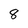
Character: 8